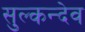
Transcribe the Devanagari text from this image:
सुल्कन्देव